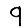
Digit: 9